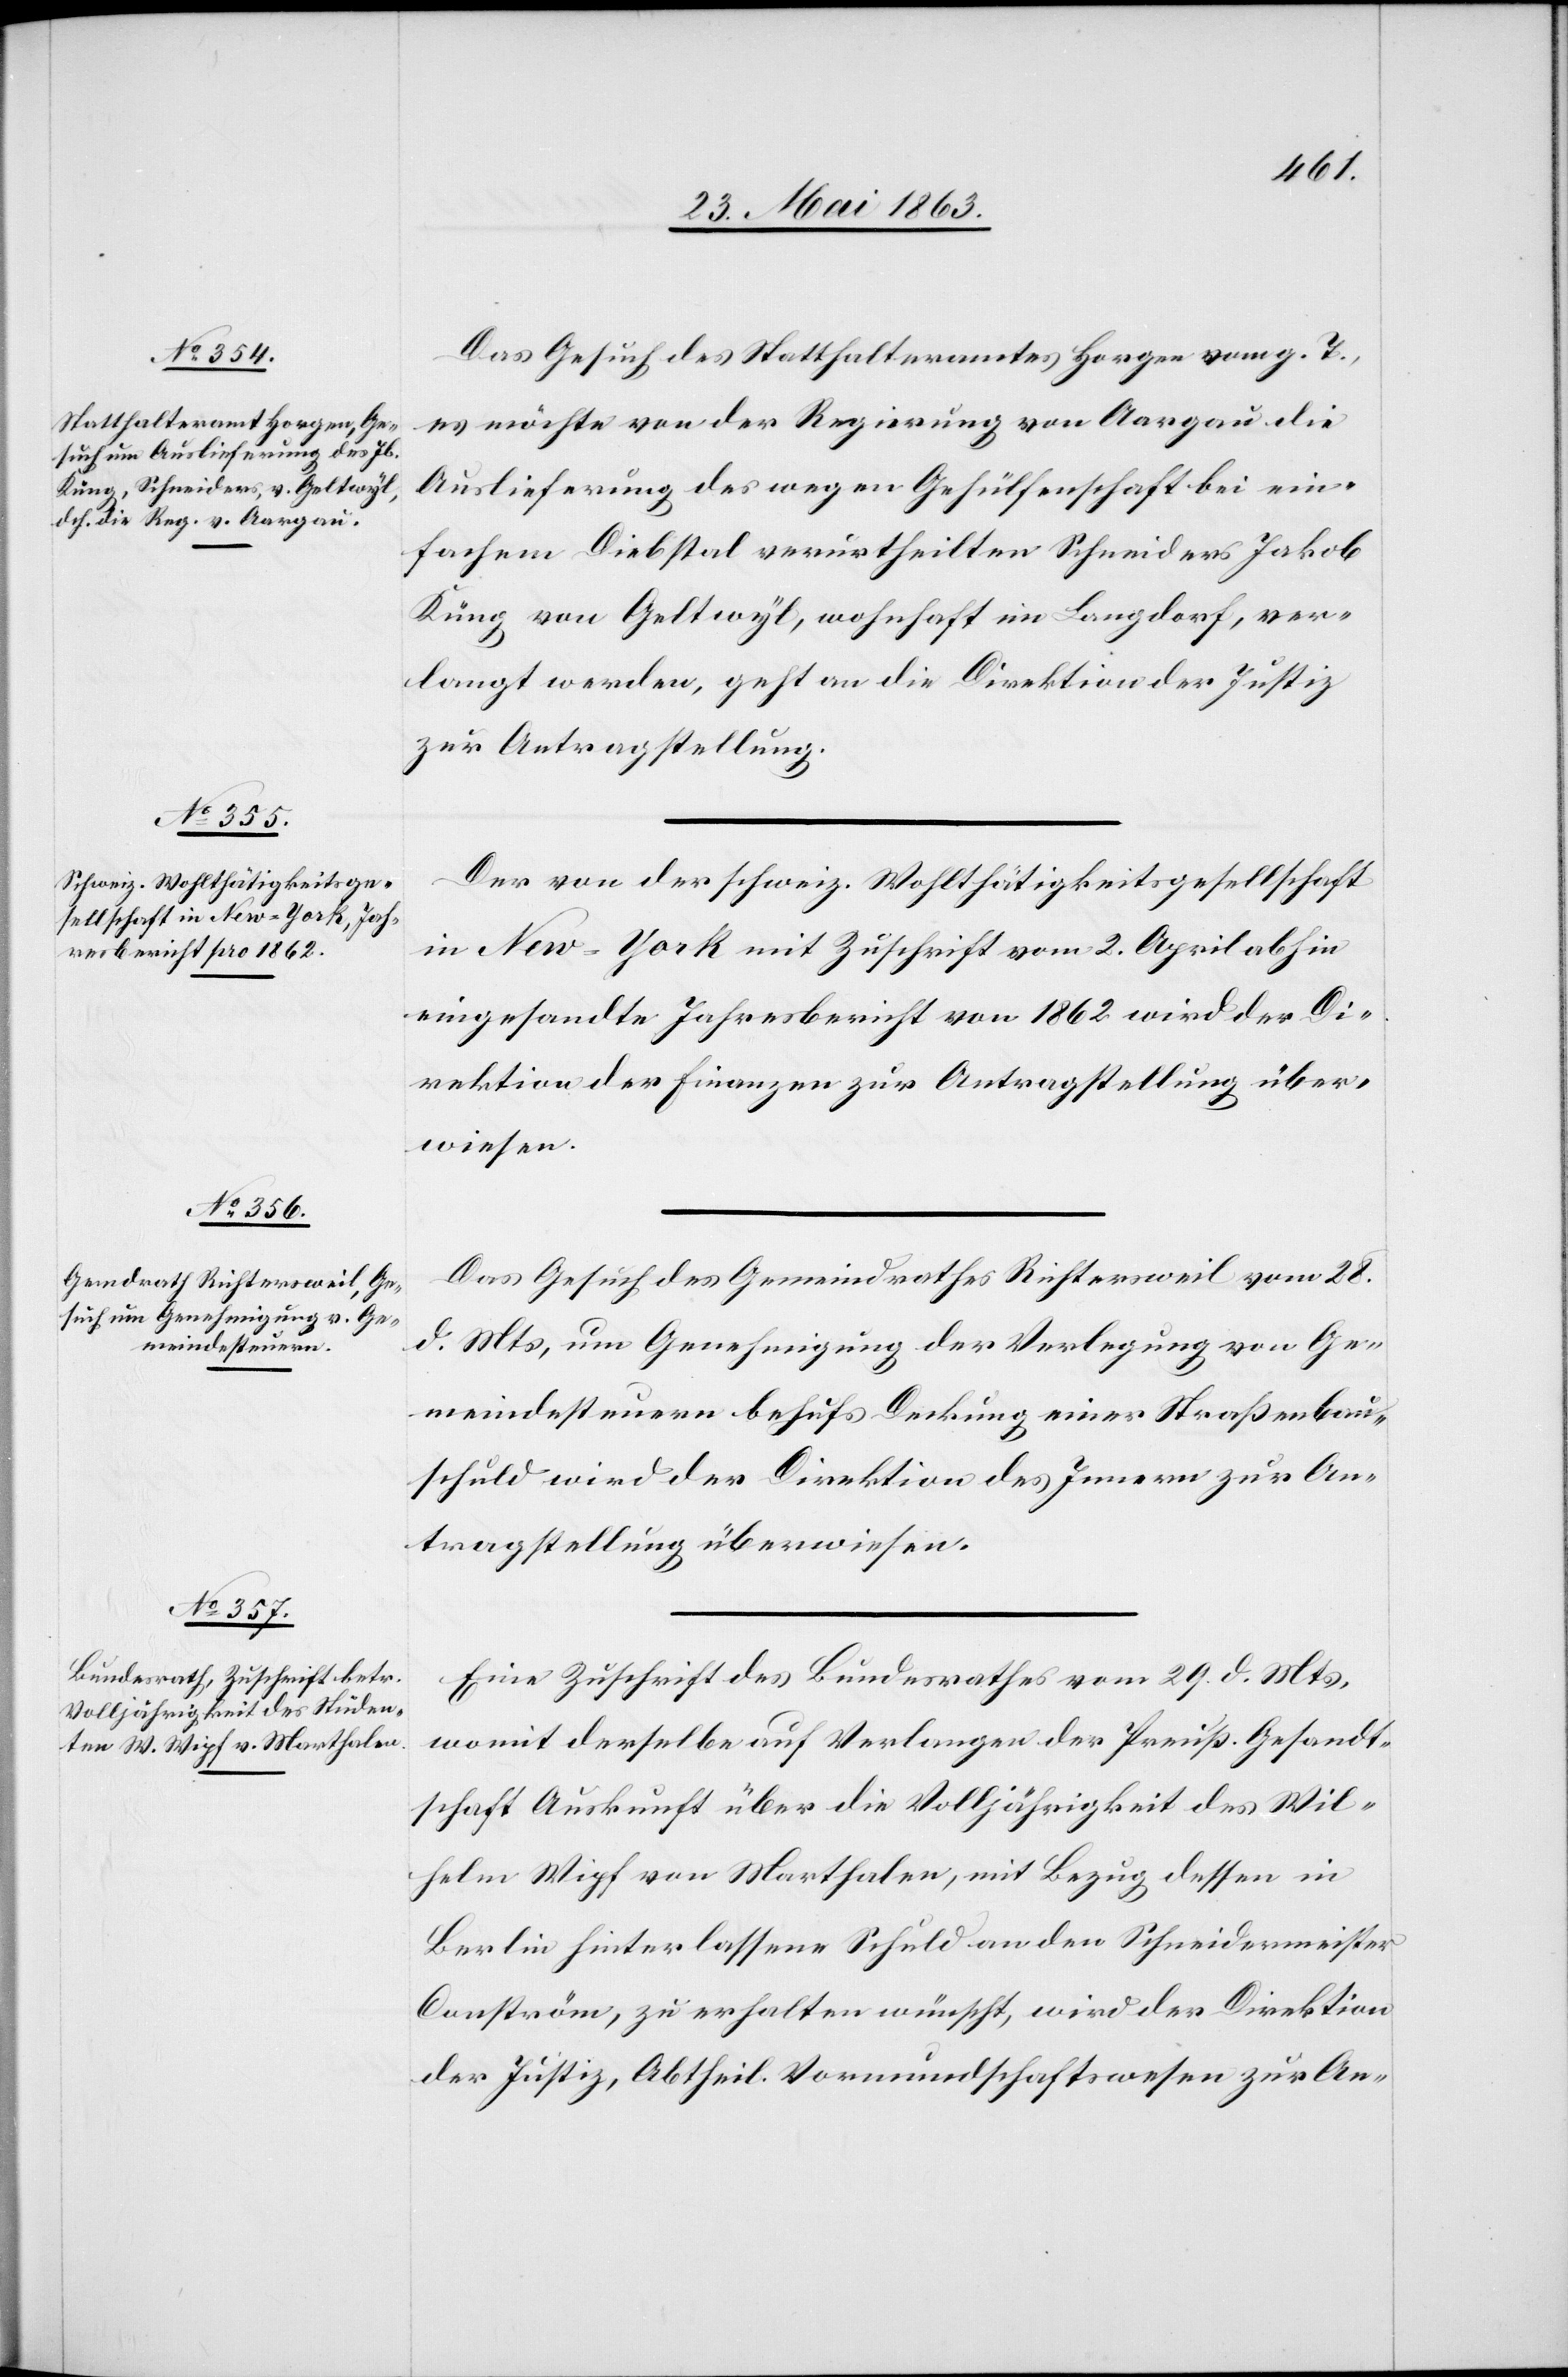
30. Mai 1863.]
Das Gesuch des Statthalteramtes Horgen vom g. T.,
es möchte von der Regierung von Aargau die
Auslieferung des wegen Gehülfenschaft bei ein¬
fachem Diebstal verurtheilten Schneiders Jakob
Küng von Geltwyl, wohnhaft im Langdorf, ver¬
langt werden, geht an die Direktion der Justiz
zur Antragstellung.
Der von der schweiz. Wohlthätigkeitsgesellschaft
in New-York mit Zuschrift vom 2. April abhin
eingesandte Jahresbericht von 1862 wird der Di¬
rektion der Finanzen zur Antragstellung über¬
weisen.
Das Gesuch des Gemeindrathes Richtersweil vom 28.
d. Mts, um Genehmigung der Verlegung von Ge¬
meindesteuern behufs Deckung einer Straßenbau¬
schuld wird der Direktion des Innern zur An¬
tragstellung überwiesen.
Eine Zuschrift des Bundesrathes vom 29. d. Mts,
womit derselbe auf Verlangen der Preuß. Gesandt¬
schaft Auskunft über die Volljährigkeit des Wil¬
helm Wipf von Marthalen, mit Bezug dessen in
Berlin hinterlassene Schuld an den Schneidermeister
Conström, zu erhalten wünscht, wird der Direktion
der Justiz, Abtheil. Vormundschaftswesen zur An-